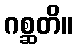
ဂစ္ဆတိ။